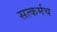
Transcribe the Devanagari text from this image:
सत्कर्मच